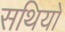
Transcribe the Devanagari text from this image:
सथियों